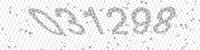
Solution: 031298